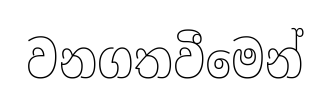
වනගතවීමෙන්